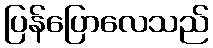
ပြန်ပြောလေသည်